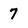
Character: 7